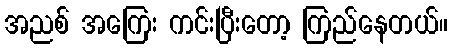
အညစ် အကြေး ကင်းပြီးတော့ ကြည်နေတယ်။